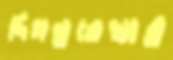
দিগন্তরেখার